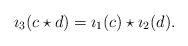
\begin{align*}\imath_3(c \star d) = \imath_1(c) \star \imath_2(d).\end{align*}